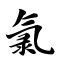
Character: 氯